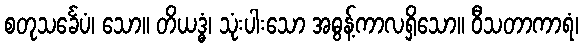
စတုသင်္ခေပံ၊ သော။ တိယဒ္ဓံ၊ သုံးပါးသော အဓွန့်ကာလရှိသော။ ဝီသတာကာရံ၊